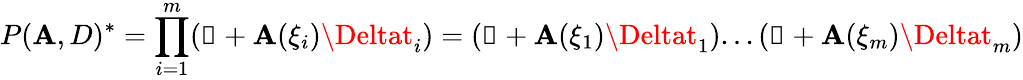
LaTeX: P(\mathbf{A},D)^{*}=\prod_{i=1}^{m}(\mathbb{{1}}+\mathbf{A}(\xi_{i})\Deltat_{i})=(\mathbb{{1}}+\mathbf{A}(\xi_{1})\Deltat_{1})...(\mathbb{{1}}+\mathbf{A}(\xi_{m})\Deltat_{m})